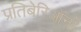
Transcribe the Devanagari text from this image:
प्रतिबेरिऑनों